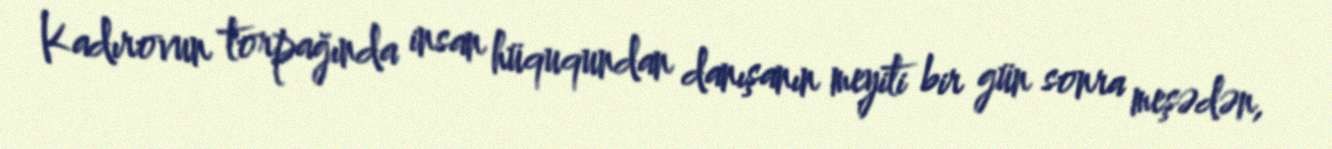
Kadırovun torpağında insan hüququndan danışanın meyiti bir gün sonra meşədən,